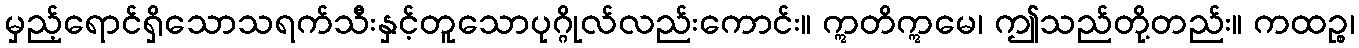
မှည့်ရောင်ရှိသောသရက်သီးနှင့်တူသောပုဂ္ဂိုလ်လည်းကောင်း။ ဣတိဣမေ၊ ဤသည်တို့တည်း။ ကထဉ္စ၊